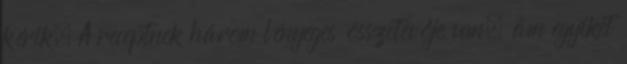
kérik. A receptnek három lényeges összetevője van, ám egyiket